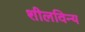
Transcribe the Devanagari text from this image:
शीलविन्य